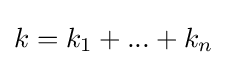
k=k_{1}+...+k_{n}